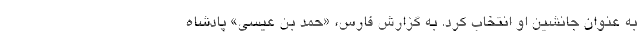
به عنوان جانشین او انتخاب کرد. به گزارش فارس، «حمد بن عیسی» پادشاه